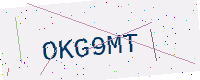
Text: OKG9MT